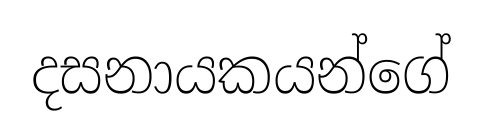
දසනායකයන්ගේ